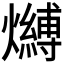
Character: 𤒔